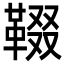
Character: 𩋁